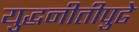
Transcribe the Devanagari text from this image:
युद्धनीतीपुढे